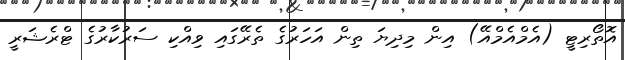
އޮތޯރިޓީ (އެމްއެމްއޭ) އިން މިދިޔަ ތިން އަހަރުގެ ތެރޭގައި ވިއްކި ސަރުކާރުގެ ޓްރެޝަރީ